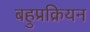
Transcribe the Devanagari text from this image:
बहुप्रक्रियन